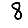
Digit: 8